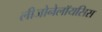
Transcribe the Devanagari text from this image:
लीजोनेलॉयसिस